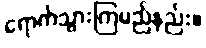
ရောက်သွားကြမည်နည်း။